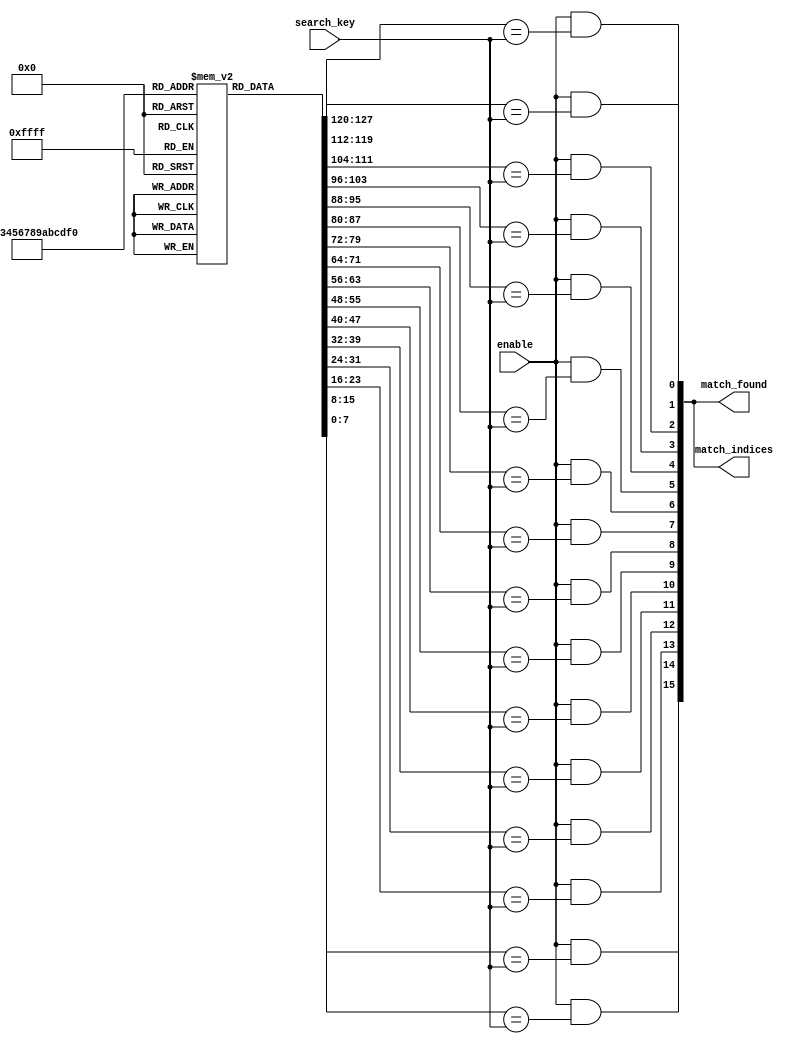
module MultiMatchCAM #(
    parameter DATA_WIDTH = 8,    // Width of each data entry
    parameter NUM_ENTRIES = 16    // Number of entries in the CAM
)(
    input wire [DATA_WIDTH-1:0] search_key, // Input search key
    input wire enable,                     // Enable signal
    output wire [NUM_ENTRIES-1:0] match_indices, // Output match indices
    output wire [NUM_ENTRIES-1:0] match_found // Match found signal for each entry
);

    // Storage array for the CAM
    reg [DATA_WIDTH-1:0] storage_array [0:NUM_ENTRIES-1];

    // Initialize storage array with example data (can be replaced with actual data loading mechanism)
    initial begin
        storage_array[0] = 8'hA1;
        storage_array[1] = 8'hB2;
        storage_array[2] = 8'hC3;
        storage_array[3] = 8'hD4;
        storage_array[4] = 8'hE5;
        storage_array[5] = 8'hF6;
        storage_array[6] = 8'hA1;
        storage_array[7] = 8'hA2;
        storage_array[8] = 8'hB3;
        storage_array[9] = 8'hC4;
        storage_array[10] = 8'hD5;
        storage_array[11] = 8'hE6;
        storage_array[12] = 8'hF7;
        storage_array[13] = 8'hA3;
        storage_array[14] = 8'hB4;
        storage_array[15] = 8'hC5;
    end

    // Match found signal for each entry
    genvar i;
    generate
        for (i = 0; i < NUM_ENTRIES; i = i + 1) begin : match_logic
            assign match_found[i] = enable && (storage_array[i] == search_key);
        end
    endgenerate

    // Match index generation
    assign match_indices = match_found;

endmodule